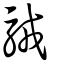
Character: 駥